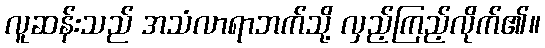
လူဆန်းသည် အသံလာရာဘက်သို့ လှည့်ကြည့်လိုက်၏။